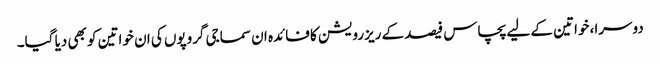
دوسرا، خواتین کے لیے پچاس فیصد کے ریزرویشن کا فائدہ ان سماجی گروپوں کی ان خواتین کو بھی دیا گیا۔